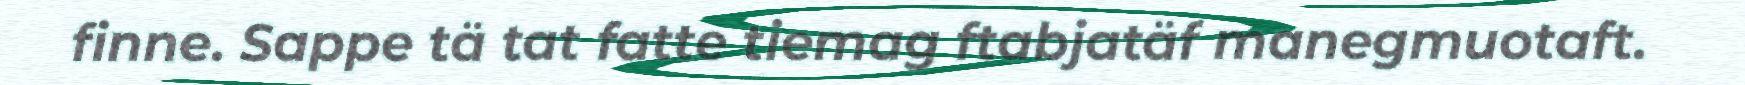
finne. Sappe tä tat fatte tiemag ftabjatäf manegmuotaft.